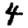
Digit: 4